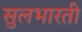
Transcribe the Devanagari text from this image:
सुलभारती